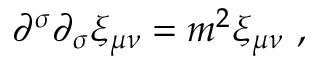
\partial ^ { \sigma } \partial _ { \sigma } \xi _ { \mu \nu } = m ^ { 2 } \xi _ { \mu \nu } ~ ,